Leaving Certificate Examination (including Day School Certificate (Higher) General paper), 1938
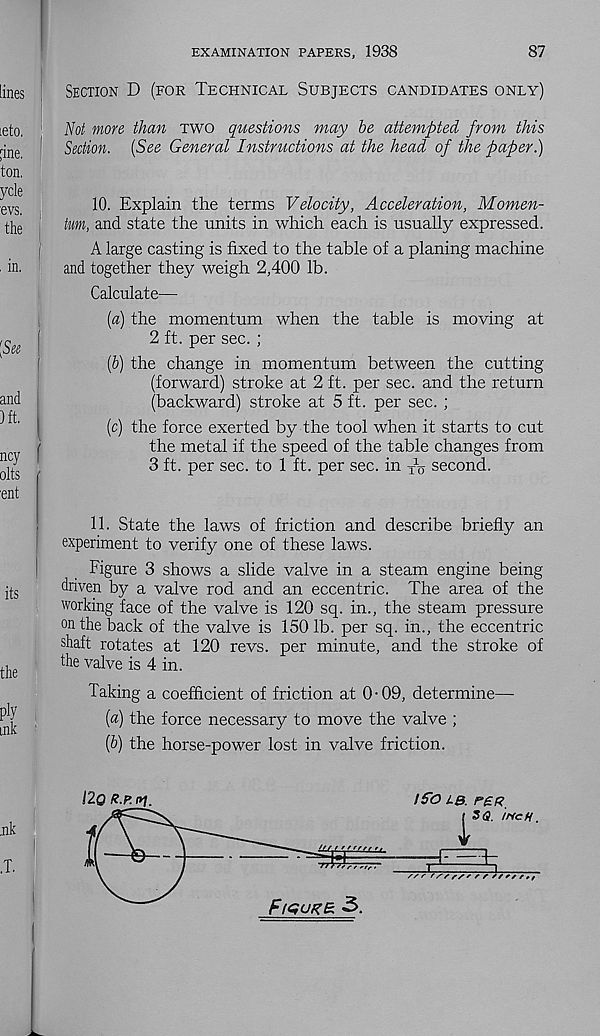
EXAMINATION PAPERS, 1938
87
Section D (for Technical Subjects candidates only)
Not more than two questions may be attempted from this
Section. (See General Instructions at the head of the paper.)
10. Explain the terms Velocity, Acceleration, Momen-
tum, and state the units in which each is usually expressed.
A large casting is fixed to the table of a planing machine
and together they weigh 2,400 lb.
Calculate—
(a) the momentum when the table is moving at
2 ft. per sec. ;
{b) the change in momentum between the cutting
(forward) stroke at 2 ft. per sec. and the return
(backward) stroke at 5 ft. per sec. ;
(c) the force exerted by the tool when it starts to cut
the metal if the speed of the table changes from
3 ft. per sec. to 1 ft. per sec. in X V second.
11. State the laws of friction and describe briefly an
experiment to verify one of these laws.
Figure 3 shows a slide valve in a steam engine being
driven by a valve rod and an eccentric. The area of the
working face of the valve is 120 sq. in., the steam pressure
withe back of the valve is 150 lb. per sq. in., the eccentric
shaft rotates at 120 revs, per minute, and the stroke of
the valve is 4 in.
Taking a coefficient of friction at 0-09, determine—•
(a) the force necessary to move the valve ;
(b) the horse-power lost in valve friction.
12q r.p. of.
Figure. 3.